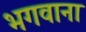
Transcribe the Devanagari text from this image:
भगवाना